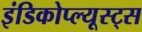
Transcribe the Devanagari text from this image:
इंडिकोप्ल्यूस्ट्स